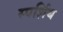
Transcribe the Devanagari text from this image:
स्पर्शिय